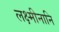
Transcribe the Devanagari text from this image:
लक्ष्मीनानि